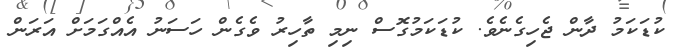
ކުޑަކަމު ދާން ޖެހިގެނެވެ. ކުޑަކަމުގޮސް ނިމި ތާހިރު ވެގެން ހަސަނު އެއްގަމަށް އަރަން